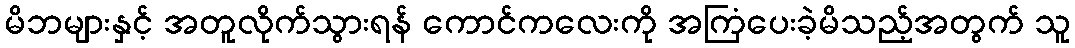
မိဘများနှင့် အတူလိုက်သွားရန် ကောင်ကလေးကို အကြံပေးခဲ့မိသည့်အတွက် သူ